Annual administration report of the Civil Veterinary Department of India - 1901-1902
Year: 1901
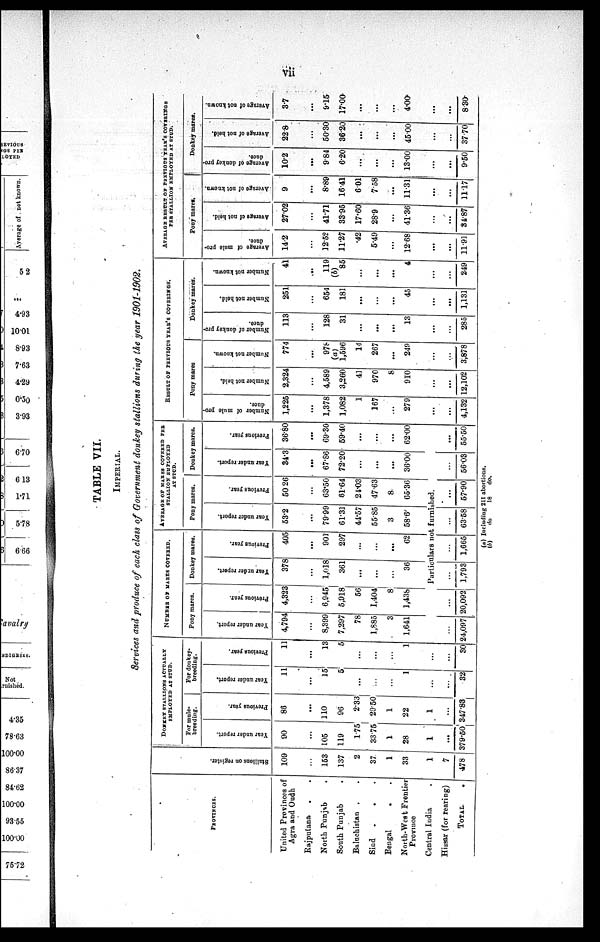
vii
TABLE VII.
IMPERIAL.
Services and produce of each class of Government donkey stallions during the year 1901-1902.
PROVINCES.
United Provinces of
Agra and Oudh
Rajpulana . .
North Punjab .
South Punjab .
Baluchistan . .
Sind .
. .
Bengal . .
North-West Frontier
Province
Central India .
Hissar (for rearing)
TOTAL .
St al l
i
ons on register.
109
...
153
137
2
37
1
33
1
7
478
DONKEY
STALLIONS
ACTUALLY
EMPLOYED AT STUD.
For mule-
breeding.
Year under report.
90
...
105
119
175
3375
1
28
1
...
379.50
Previous year.
86
...
110
96
233
2950
1
22
1
...
347.83
For donkey-
breeding.
Year under report.
11
...
15
5
...
...
...
1
...
...
32
Previous year.
11
...
13
5
...
...
...
1
...
...
30
NUMBER OF MARES COVERED.
Pony mares.
Year under report.
4,794
...
8,399
7,297
78
1,885
3
1,641
Previous year.
4,323
...
6,945
5,918
56
1,404
8
1,438
Donkey mares.
Year under report.
J 378
...
1,018
361
...
...
...
36
Previous year.
405
...
901
297
...
...
...
62
AVERAGE OF MARES COVERED FEB
STALLION EMPLOYED
AT STUD.
Pony mares.
Year under report.
53.2
...
79.99
61.31
44.57
55.85
3
58.6
Previous year.
50 26
...
63.50
61.64
21.03
47.63
8
65.36
Donkey mares.
Year under report.
34.3
...
67.86
72.20
...
...
...
36.00
Previous year.
36.80
...
69.30
59.40
...
...
...
62.00
Particulars not furnished.
...
24,097
...
20,092
...
1,793
...
1,665
...
63.58
...
57.90
...
56.03
...
55.50
RESULT OF PREVIOUS YEAR'S COVERINGS.
Pony mares
Number of mule pro-
duce.
1,225
...
1,378
1,082
1
167
...
279
...
...
4,132
Number not held.
2,324
...
4,589
3,260
41
970
8
910
...
...
12,102
Number not known.
774
...
978
(a)
1,596
14
267
...
240
...
...
3,878
Donkey mares.
Number of donkey pro-
duce.
113
...
128
31
...
...
...
13
...
...
285
Number not hold.
251
...
654
181
...
...
...
45
...
...
1,131
Number not known.
41
...
119
(b)
85
...
...
...
4
...
...
249
AVERAGE RESULT OF PREVIOUS YEAR'S COVERINGS
PER STALLION EMPLOYED AT STUD.
Pony mares.
Average of mule pro-
duce.
14.2
...
12.52
11.27
.42
5.49
...
12.68
...
...
11.91
Average of not held.
27.02
...
41.71
33.95
17.60
28.9
...
41.36
...
...
31.87
Average of not known.
9
...
8.89
16.41
601
7.58
...
11.31
...
...
11.17
Donkey mares.
Average of donkey pro-
duce.
10.2
...
9.84
6.20
...
...
...
13.00
...
...
9.50
Average of not held.
22.8
...
50.30
36.20
...
...
...
4500
...
...
37.70
Average of not known.
3.7
...
9.15
17.00
...
...
...
4.00
...
...
8.30
(a) Including 211 abortions.
(b)
do
18
do.